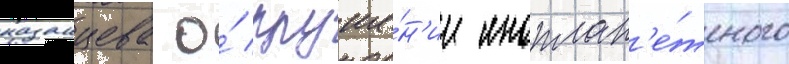
казанцева о́ круше́н'ии иноплан'е́тного